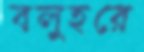
বলুহরে